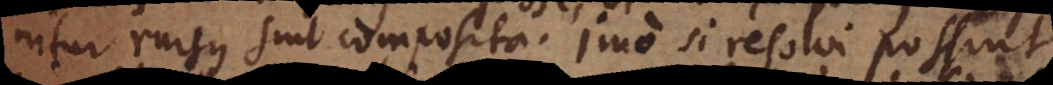
itur rursus sint composita. Imo si resolvi possint